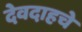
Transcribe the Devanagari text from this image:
देवदाहचे